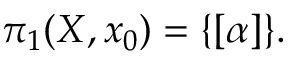
\pi _ { 1 } ( X , x _ { 0 } ) = \{ [ \alpha ] \} . \nonumber